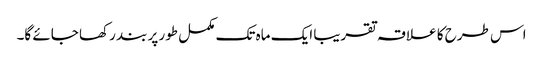
اس طرح کا علاقہ تقریبا ایک ماہ تک مکمل طور پر بند رکھا جائے گا۔